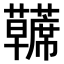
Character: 𫊘